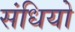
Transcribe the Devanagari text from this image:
संधियो